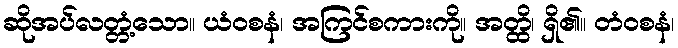
ဆိုအပ်လတ္တံ့သော။ ယံဝစနံ၊ အကြင်စကားကို။ အတ္ထိ၊ ရှိ၏။ တံဝစနံ၊